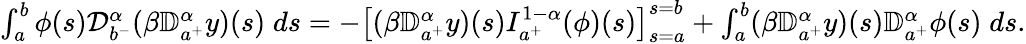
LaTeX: \begin{array}{r}{\int_{a}^{b}\phi(s){\mathcal D}_{b^{-}}^{\alpha}(\beta{\mathbb D}_{a^{+}}^{\alpha}y)(s)\; ds=-\left[(\beta{\mathbb D}_{a^{+}}^{\alpha}y)(s)I_{a^{+}}^{1-\alpha}(\phi)(s)\right]_{s=a}^{s=b}+\int_{a}^{b}(\beta{\mathbb D}_{a^{+}}^{\alpha}y)(s){\mathbb D}_{a^{+}}^{\alpha}\phi(s)\; ds.}\end{array}